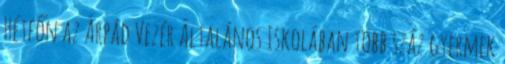
Hétfőn az Árpád Vezér Általános Iskolában több száz gyermek